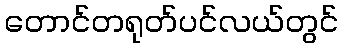
တောင်တရုတ်ပင်လယ်တွင်